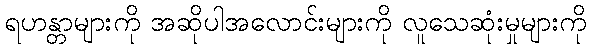
ရဟန္တာများကို အဆိုပါအလောင်းများကို လူသေဆုံးမှုများကို